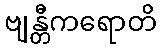
ဗျန္တီကရောတိ